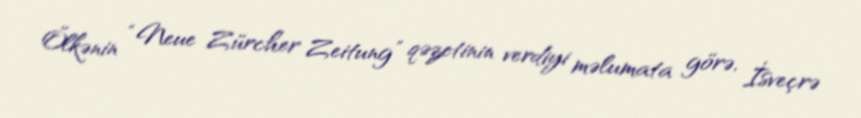
Ölkənin “Neue Zürcher Zeitung” qəzetinin verdiyi məlumata görə, İsveçrə